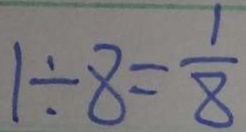
1 \div 8 = \frac { 1 } { 8 }